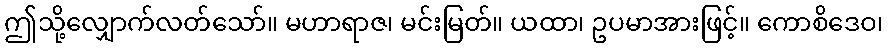
ဤသို့လျှောက်လတ်သော်။ မဟာရာဇ၊ မင်းမြတ်။ ယထာ၊ ဥပမာအားဖြင့်။ ကောစိဒေဝ၊